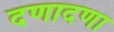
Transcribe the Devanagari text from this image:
दणादणा